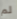
لم